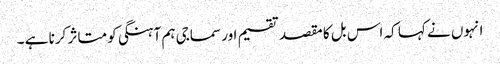
انہوں نے کہا کہ اس بل کا مقصد تقسیم اور سماجی ہم آہنگی کو متاثر کرنا ہے ۔